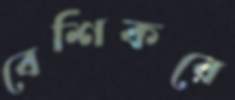
বেশিকরে